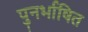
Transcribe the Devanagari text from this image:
पुनर्भाषित